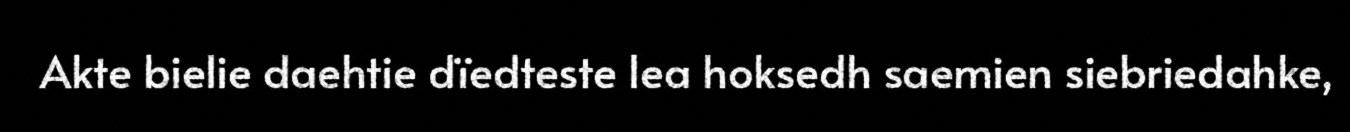
Akte bielie daehtie dïedteste lea hoksedh saemien siebriedahke,